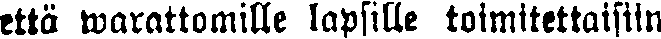
että warattomille lapsille toimitettaisiin